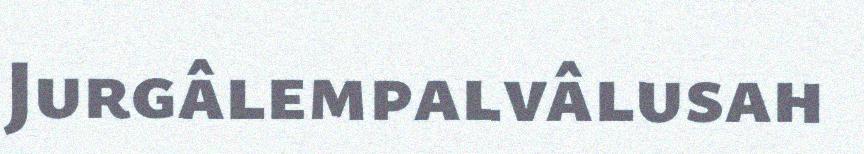
Jurgâlempalvâlusah